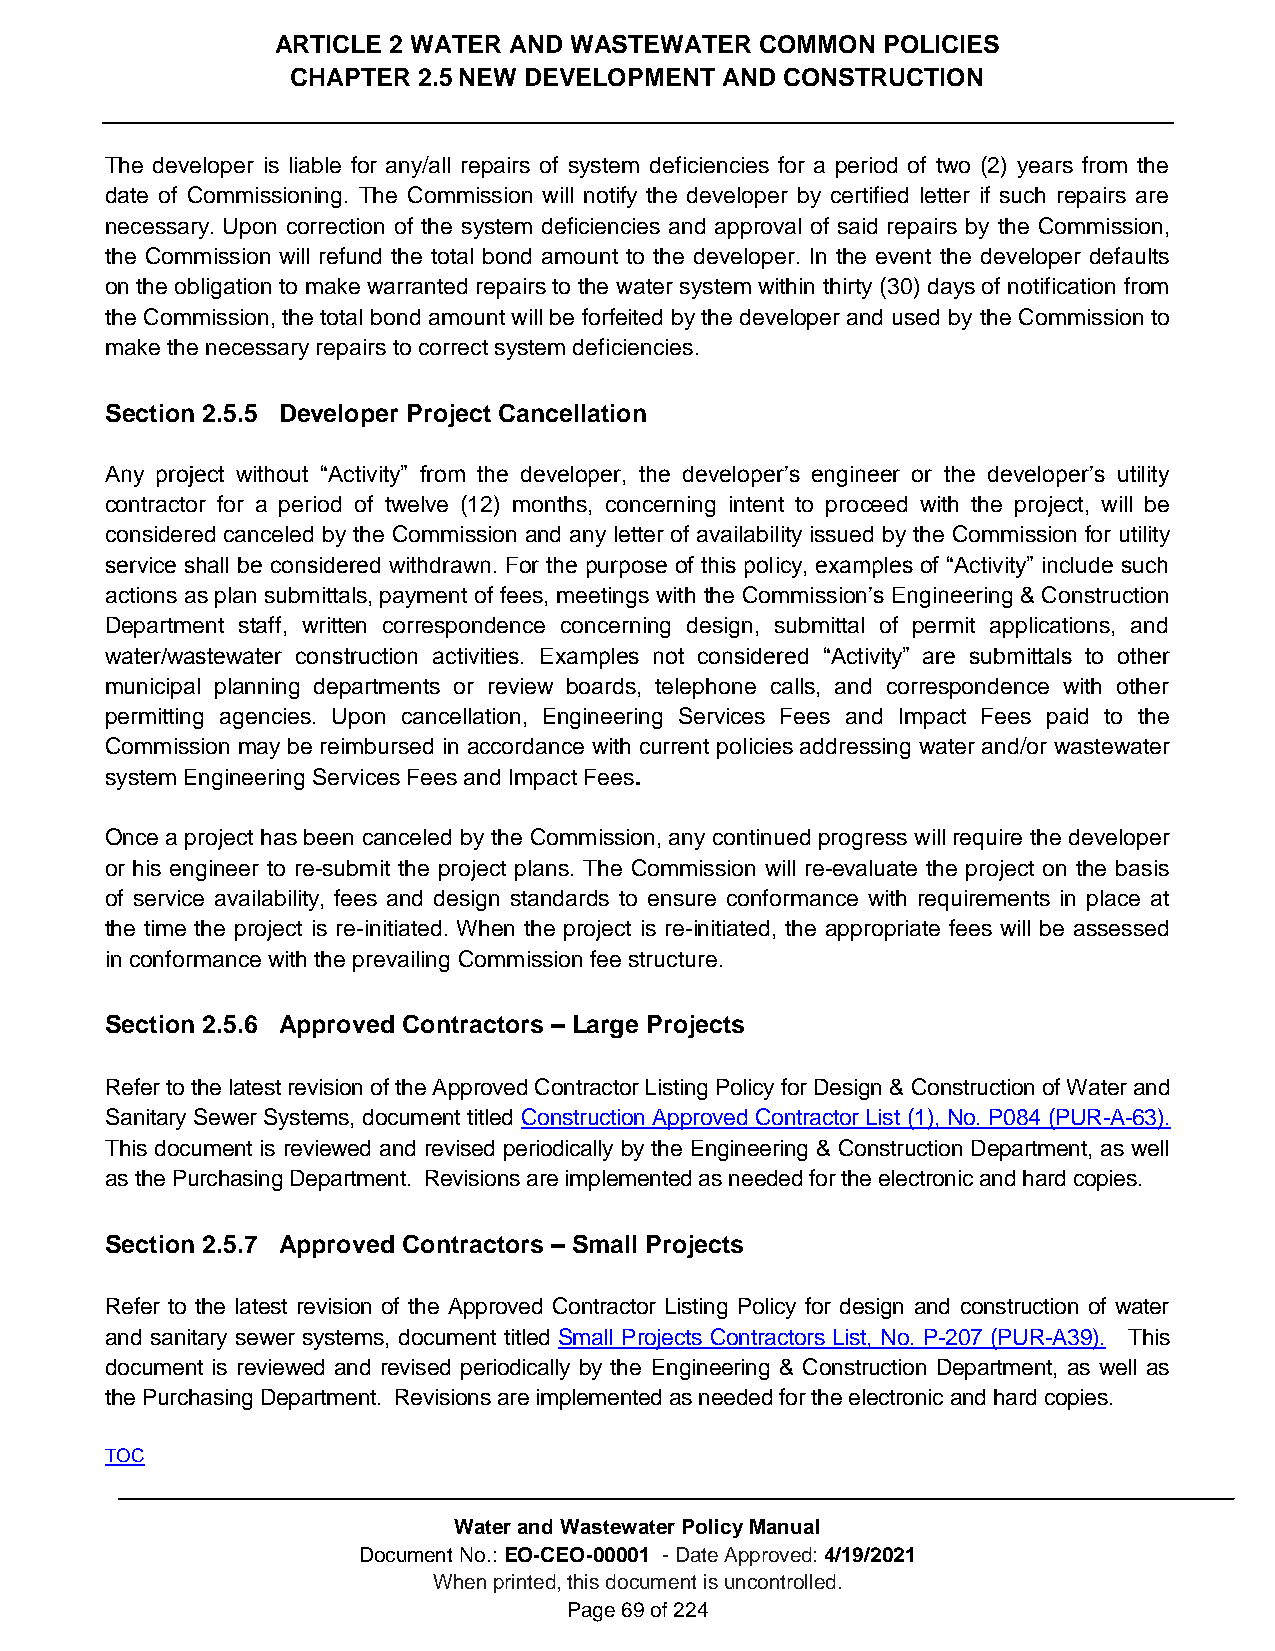
ARTICLE 2 WATER AND WASTEWATER  COMMON  POLICIES
 CHAPTER  2.5 NEW DEVELOPMENT AND CONSTRUCTION
 The developer is liable for any/all repairs of system deficiencies for a period of two (2) years from the
 date of Commissioning. The Commission will notify the developer by certified letter if such repairs are
 necessary. Upon correction of the system deficiencies and approval of said repairs by the Commission,
 the Commission will refund the total bond amount to the developer. In the event the developer defaults
 on the obligation to make warranted repairs to the water system within thirty (30) days of notification from
 the Commission, the total bond amount will be forfeited by the developer and used by the Commission to
 make the necessary repairs to correct system deficiencies.
 Section 2.5.5 Developer Project Cancellation
 Any project without “Activity” from the developer, the developer’s engineer or the developer’s utility
 contractor for a period of twelve (12) months, concerning intent to proceed with the project, will be
 considered canceled by the Commission and any letter of availability issued by the Commission for utility
 service shall be considered withdrawn. For the purpose of this policy, examples of “Activity” include such
 actions as plan submittals, payment of fees, meetings with the Commission’s Engineering & Construction
 Department staff, written correspondence concerning design, submittal of permit applications, and
 water/wastewater construction activities. Examples not considered “Activity” are submittals to other
 municipal planning departments or review boards, telephone calls, and correspondence with other
 permitting agencies. Upon cancellation, Engineering Services Fees and Impact Fees paid to the
 Commission may be reimbursed in accordance with current policies addressing water and/or wastewater
 system Engineering Services Fees and Impact Fees.
 Once a project has been canceled by the Commission, any continued progress will require the developer
 or his engineer to re-submit the project plans. The Commission will re-evaluate the project on the basis
 of service availability, fees and design standards to ensure conformance with requirements in place at
 the time the project is re-initiated. When the project is re-initiated, the appropriate fees will be assessed
 in conformance with the prevailing Commission fee structure.
 Section 2.5.6 Approved Contractors – Large Projects
 Refer to the latest revision of the Approved Contractor Listing Policy for Design & Construction of Water and
 Sanitary Sewer Systems, document titled Construction Approved Contractor List (1), No. P084 (PUR-A-63).
 This document is reviewed and revised periodically by the Engineering & Construction Department, as well
 as the Purchasing Department. Revisions are implemented as needed for the electronic and hard copies.
 Section 2.5.7 Approved Contractors – Small Projects
 Refer to the latest revision of the Approved Contractor Listing Policy for design and construction of water
 and sanitary sewer systems, document titled Small Projects Contractors List, No. P-207 (PUR-A39). This
 document is reviewed and revised periodically by the Engineering & Construction Department, as well as
 the Purchasing Department. Revisions are implemented as needed for the electronic and hard copies.
 TOC
 Water and Wastewater Policy Manual
 Document No.: EO-CEO-00001 - Date Approved: 4/19/2021
 When printed, this document is uncontrolled.
 Page 69 of 224